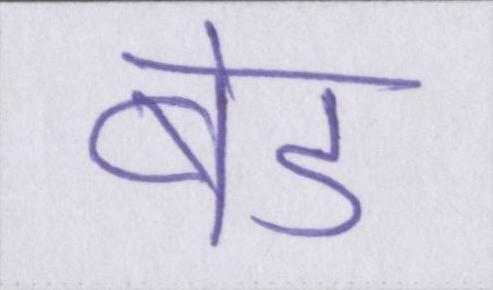
बेड